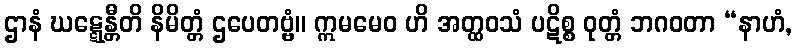
ဌာနံ ဃဋ္ဋေန္တီတိ နိမိတ္တံ ဌပေတဗ္ဗံ။ ဣမမေဝ ဟိ အတ္ထဝသံ ပဋိစ္စ ဝုတ္တံ ဘဂဝတာ “နာဟံ,